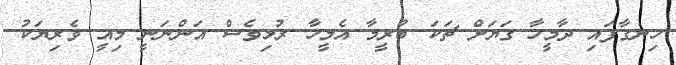
ހިނގާފައި ދާމީހާ ގަޔަށް ޗަކަ ބުރީމާ އެމީހާ ރުޅިވެސް އަންނަނީ މިއީ ވެރިޔަކު